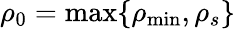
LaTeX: \rho_{0}=\textnormal{max}\{ \rho_{\textnormal{min}},\rho_{s}\}